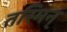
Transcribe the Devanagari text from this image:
तस्मिन्‌